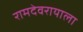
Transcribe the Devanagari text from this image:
रामदेवरायाला